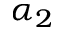
\alpha _ { 2 }